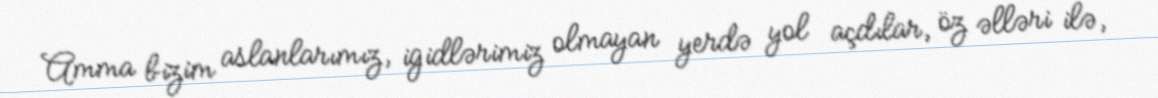
Amma bizim aslanlarımız, igidlərimiz olmayan yerdə yol açdılar, öz əlləri ilə,